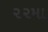
૨૨મા